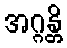
အဂ္ဂန္တိ